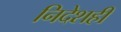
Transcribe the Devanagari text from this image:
निदेशही